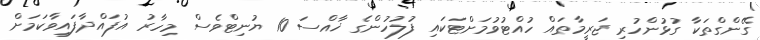
ގޭންގްތަކާ ގުޅުންހުރި ޖަރީމާތައް ހުއްޓުވުމަށްޓަކައި ފުލުހުންގެ ޚާއްސަ 10 ޔުނިޓްވެސް މިހާރު އުފައްދާފައިވާކަމަށް